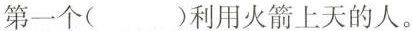
第一个( )利用火箭上天的人。